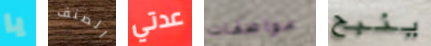
يا الصنف عدتي مواصفات ينبح